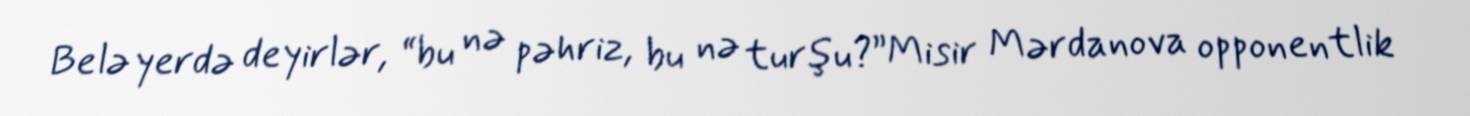
Belə yerdə deyirlər, “bu nə pəhriz, bu nə turşu?”Misir Mərdanova opponentlik